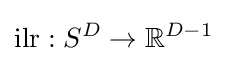
\operatorname {ilr} :S^{D}\rightarrow \mathbb {R} ^{D-1}